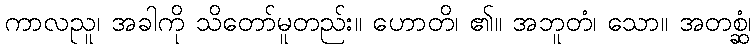
ကာလညူ၊ အခါကို သိတော်မူတည်း။ ဟောတိ၊ ၏။ အဘူတံ၊ သော။ အတစ္ဆံ၊